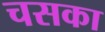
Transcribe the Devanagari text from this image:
चसका